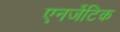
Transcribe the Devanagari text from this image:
एनर्जेटिक